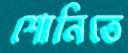
শোনিতে